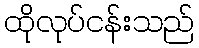
ထိုလုပ်ငန်းသည်